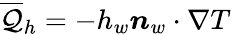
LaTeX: \overline{{\mathcal{Q}}}_{h}=-h_{w}\boldsymbol{n}_{w}\cdot\nabla T